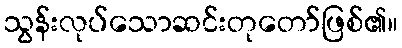
သွန်းလုပ်သောဆင်းတုတော်ဖြစ်၏။